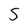
Character: s